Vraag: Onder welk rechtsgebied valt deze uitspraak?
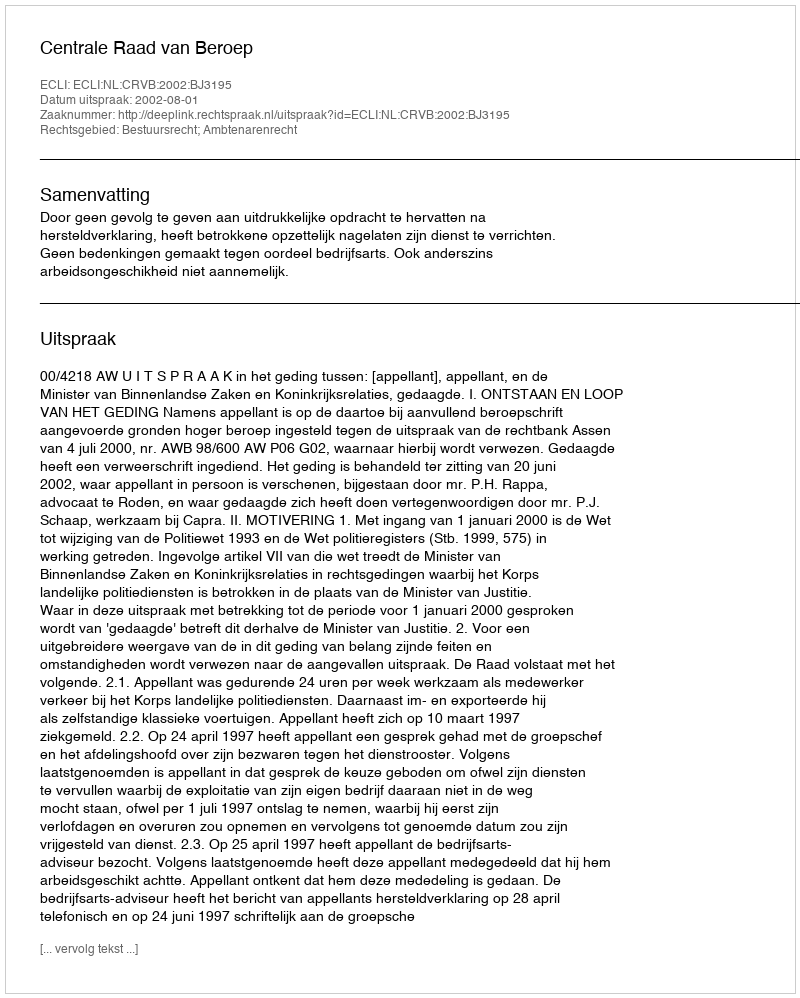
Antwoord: Bestuursrecht; Ambtenarenrecht